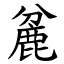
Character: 麄